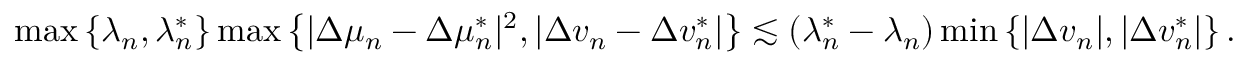
\begin{array} { r } { \operatorname* { m a x } \left\{ \lambda _ { n } , \lambda _ { n } ^ { * } \right\} \operatorname* { m a x } \left\{ | \Delta \mu _ { n } - \Delta \mu _ { n } ^ { * } | ^ { 2 } , | \Delta v _ { n } - \Delta v _ { n } ^ { * } | \right\} \lesssim ( \lambda _ { n } ^ { * } - \lambda _ { n } ) \operatorname* { m i n } \left\{ | \Delta v _ { n } | , | \Delta v _ { n } ^ { * } | \right\} . } \end{array}